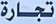
تجارة